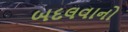
બદલવાનો